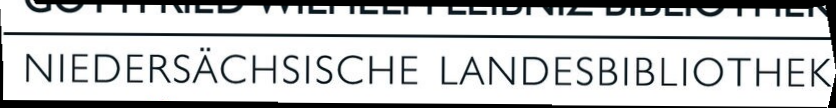
NIEDERSÄCHSISCHE LANDESBIBLIOTHEK